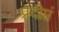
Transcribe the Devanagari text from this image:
प्रदीप्तं